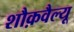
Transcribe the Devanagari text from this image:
शौक़वैल्यू